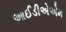
આઈડીએએમ